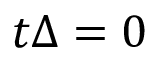
t \Delta = 0